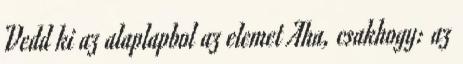
Vedd ki az alaplapbol az elemet Aha, csakhogy: az